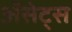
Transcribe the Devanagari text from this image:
ॲसेट्स